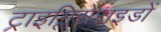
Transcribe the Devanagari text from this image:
ट्राइग्लिसेराइडों